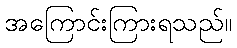
အကြောင်းကြားရသည်။